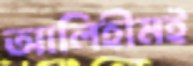
আলিহীমই